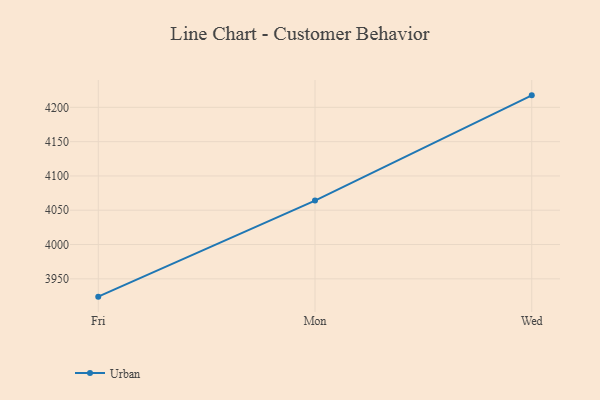
{"axis": {"x": "Day", "y": "Website Visitors"}, "legend": ["Urban"], "data": [{"x": "Fri", "y": 3924.0, "type": "Urban"}, {"x": "Mon", "y": 4064.1, "type": "Urban"}, {"x": "Wed", "y": 4217.5, "type": "Urban"}]}